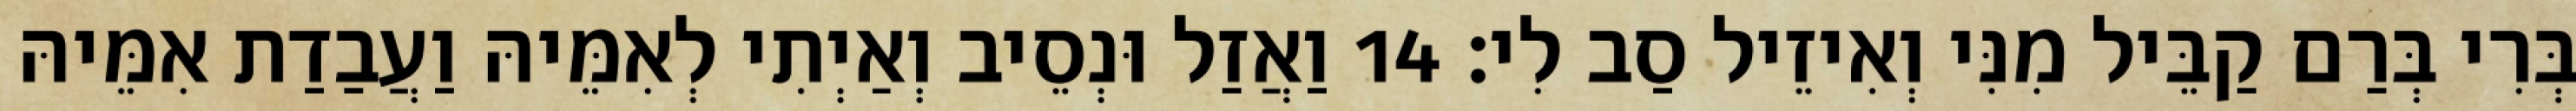
בְּרִי בְּרַם קַבֵּיל מִנִּי וְאִיזֵיל סַב לִי׃ 14 וַאֲזַל וּנְסֵיב וְאַיְתִי לְאִמֵּיהּ וַעֲבַדַת אִמֵּיהּ